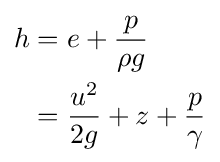
{\begin{aligned}h&=e+{p \over {\rho g}}\\&={u^{2} \over {2g}}+z+{p \over {\gamma }}\end{aligned}}